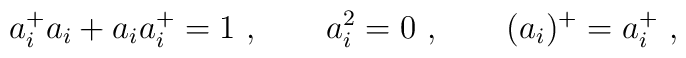
a^{+}_i a_i + a_i a^{+}_i=1 \ , \qquad a_i^{2}=0  \ ,\qquad(a_i)^{+}=a^{+}_i \ ,